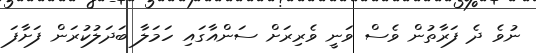
ނުވެ ދެ ފަރާތުން ވެސް ވަނީ ވެރިރަށް ސަންއާގައި ހަމަލާ ބަދަލުކުރަން ފަށާފަ